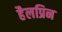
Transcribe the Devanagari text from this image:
हैलप्रिन